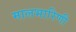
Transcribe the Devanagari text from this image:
मालभारिणी